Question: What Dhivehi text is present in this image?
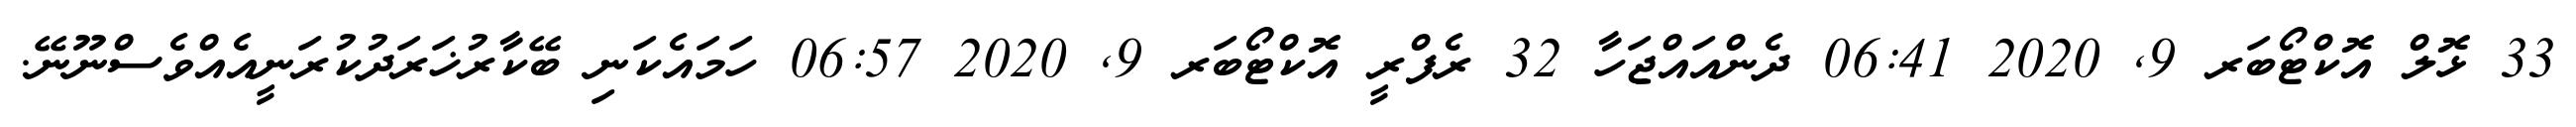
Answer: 33 ޅޮލް އޮކްޓޯބަރ 9, 2020 06:41 ދެންއައްޖަހާ 32 ރެފްރީ އޮކްޓޯބަރ 9, 2020 06:57 ހަމައެކަނި ބޭކާރުޚަރަދުކުރަނީއެއްވެސްނޫނޭ.